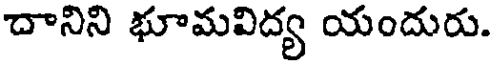
దానిని భూమవిద్య యందురు.